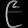
Digit: ၉